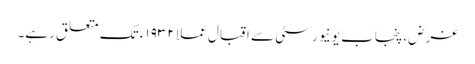
غرض، پنجاب یونیورسٹی سے اقبال عملاً ١٩٣٢ء تک متعلق رہے۔